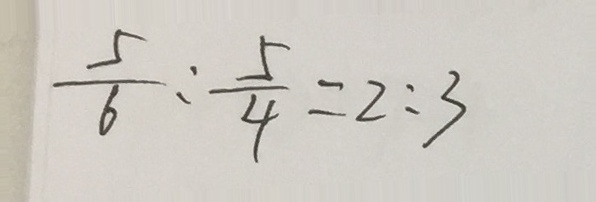
\frac { 5 } { 6 } : \frac { 5 } { 4 } = 2 : 3